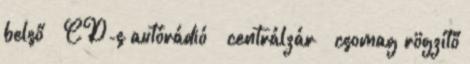
belső – CD-s autórádió – centrálzár – csomag rögzítő